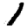
Digit: 1